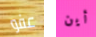
عفو أين